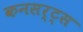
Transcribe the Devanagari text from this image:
कनसर्ट्स